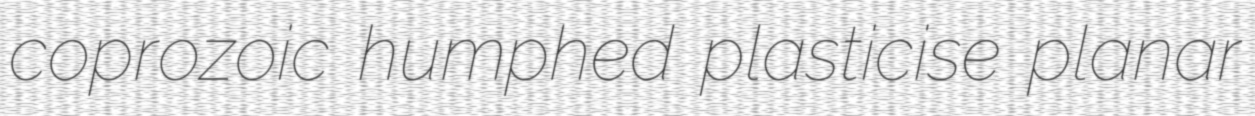
coprozoic humphed plasticise planar